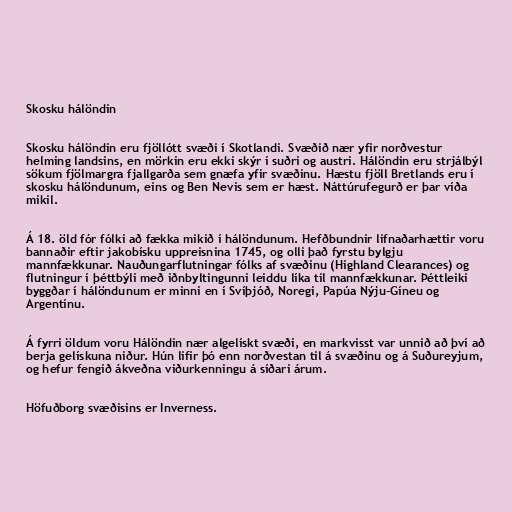
Skosku hálöndin

Skosku hálöndin eru fjöllótt svæði í Skotlandi. Svæðið nær yfir norðvestur
helming landsins, en mörkin eru ekki skýr í suðri og austri. Hálöndin eru strjálbýl
sökum fjölmargra fjallgarða sem gnæfa yfir svæðinu. Hæstu fjöll Bretlands eru í
skosku hálöndunum, eins og Ben Nevis sem er hæst. Náttúrufegurð er þar víða
mikil.

Á 18. öld fór fólki að fækka mikið í hálöndunum. Hefðbundnir lifnaðarhættir voru
bannaðir eftir jakobísku uppreisnina 1745, og olli það fyrstu bylgju
mannfækkunar. Nauðungarflutningar fólks af svæðinu (Highland Clearances) og
flutningur í þéttbýli með iðnbyltingunni leiddu líka til mannfækkunar. Þéttleiki
byggðar í hálöndunum er minni en í Svíþjóð, Noregi, Papúa Nýju-Gíneu og
Argentínu.

Á fyrri öldum voru Hálöndin nær algelískt svæði, en markvisst var unnið að því að
berja gelískuna niður. Hún lifir þó enn norðvestan til á svæðinu og á Suðureyjum,
og hefur fengið ákveðna viðurkenningu á síðari árum.

Höfuðborg svæðisins er Inverness.